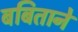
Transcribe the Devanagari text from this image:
बबिताने